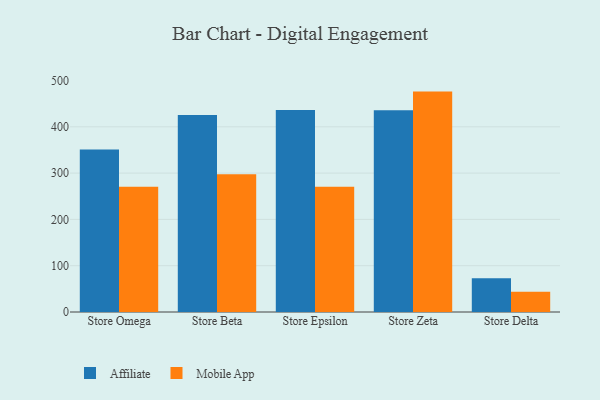
{"axis": {"x": "Store", "y": "Conversion Rate (%)"}, "legend": ["Affiliate", "Mobile App"], "data": [{"x": "Store Omega", "y": 350.9, "type": "Affiliate"}, {"x": "Store Omega", "y": 270.3, "type": "Mobile App"}, {"x": "Store Beta", "y": 425.6, "type": "Affiliate"}, {"x": "Store Beta", "y": 297.7, "type": "Mobile App"}, {"x": "Store Epsilon", "y": 436.0, "type": "Affiliate"}, {"x": "Store Epsilon", "y": 270.6, "type": "Mobile App"}, {"x": "Store Zeta", "y": 435.9, "type": "Affiliate"}, {"x": "Store Zeta", "y": 476.0, "type": "Mobile App"}, {"x": "Store Delta", "y": 72.7, "type": "Affiliate"}, {"x": "Store Delta", "y": 43.5, "type": "Mobile App"}]}